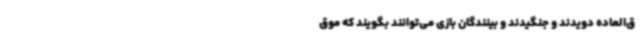
ق‌العاده دویدند و جنگیدند و بینندگان بازی می‌توانند بگویند که موق